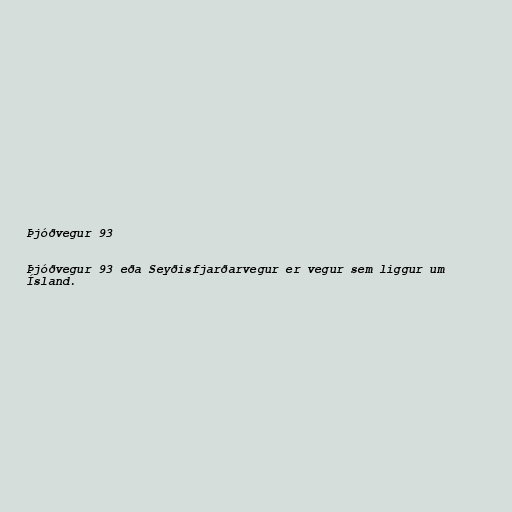
Þjóðvegur 93

Þjóðvegur 93 eða Seyðisfjarðarvegur er vegur sem liggur um
Ísland.